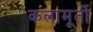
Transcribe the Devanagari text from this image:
कलामूर्ती